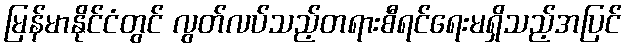
မြန်မာနိုင်ငံတွင် လွတ်လပ်သည့်တရားစီရင်ရေးမရှိသည့်အပြင်